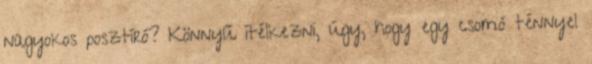
nagyokos posztíró? Könnyű ítélkezni, úgy, hogy egy csomó ténnyel